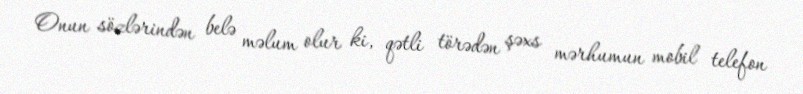
Onun sözlərindən belə məlum olur ki, qətli törədən şəxs mərhumun mobil telefon